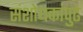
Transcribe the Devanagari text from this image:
संशोधकांपुढे